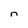
Character: n